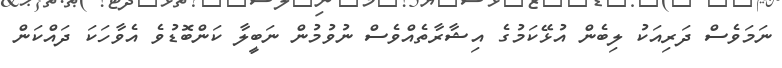
ނަމަވެސް ދަރިއަކު ލިބެން އުޅޭކަމުގެ އިޝާރާތެއްވެސް ނުވުމުން ނަބީލާ ކަންބޮޑުވެ އެވާހަކަ ދައްކަން